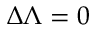
\Delta \Lambda = 0